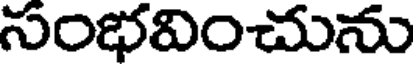
సంభవించును